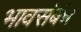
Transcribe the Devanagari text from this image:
भावसंबंध